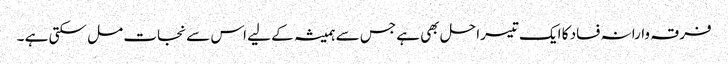
فرقہ وارانہ فساد کا ایک تیسرا حل بھی ہے جس سے ہمیشہ کے لیے اس سے نجات مل سکتی ہے ۔